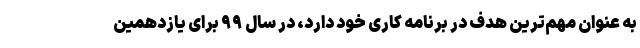
به عنوان مهم‌ترین هدف در برنامه کاری خود دارد، در سال ۹۹ برای یازدهمین